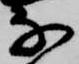
な